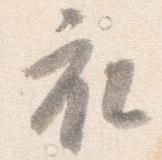
衣